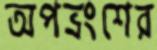
অপভ্রংশের